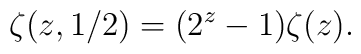
\zeta(z,1/2)=(2^z-1)\zeta(z).